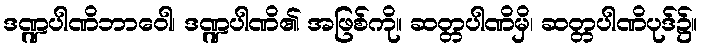
ဒဏ္ဍပါဏိဘာဝေါ၊ ဒဏ္ဍပါဏိ၏ အဖြစ်ကို။ ဆတ္တပါဏိမှိ၊ ဆတ္တပါဏိပုဒ်၌။